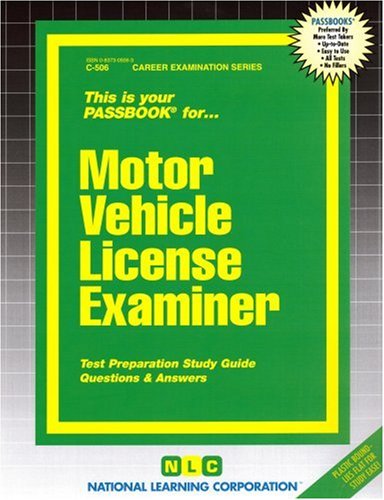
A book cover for Motor Vehicle License Examiner(Passbooks); Jack Rudman; Test Preparation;